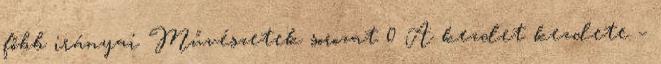
főbb irányai Művészetek sorozat 0 A kezdet kezdete –